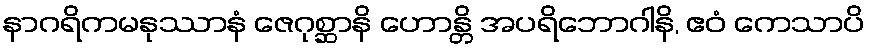
နာဂရိကမနုဿာနံ ဇေဂုစ္ဆာနိ ဟောန္တိ အပရိဘောဂါနိ, ဧဝံ ကေသာပိ